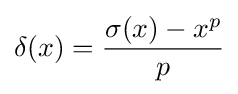
\delta (x)={\frac {\sigma (x)-x^{p}}{p}}